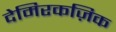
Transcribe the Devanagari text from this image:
देमिरकज़िक